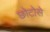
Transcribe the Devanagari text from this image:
छोटोसे